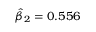
{ \hat { \beta } } _ { 2 } = 0 . 5 5 6